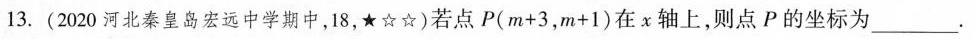
13.(2020河北秦皇岛宏远中学期中，18，★☆☆)若点P(m+3，m+1)在x轴上，则点P的坐标为___.